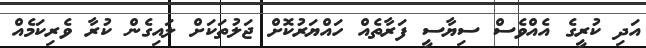
އަދި ކުރީގެ އެއްވެސް ސިޔާސީ ފަރާތެއް ހައްޔަރުކޮށް ޖަލުތަކަށް ލައިގެން ކުރާ ވެރިކަމެއް